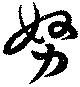
努